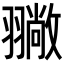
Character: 𦒚